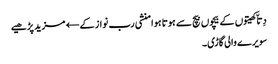
دِتاّ کھیتوں کے بیچوں بیچ سے ہوتا ہوا منشی رب نواز کے← مزید پڑھیے
سویرے والی گاڑی۔